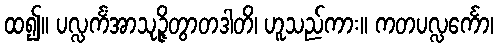
ထ၍။ ပလ္လင်္ကံအာသုဉ္ဇိတွာတဒါတိ၊ ဟူသည်ကား။ ကတပလ္လင်္ကော၊